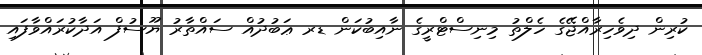
ކުރިން ދިވެހިރާއްޖޭގެ ހެލްތު މިނިސްޓްރީގެ ނާއިބުކަން ޑރ ޢަބުދުއް ސައްތާރު ޔޫސުފް އަދާކުރައްވާފައި